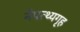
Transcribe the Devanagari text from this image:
नेपत्थ्यगृह